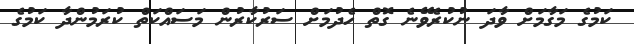
ކަމުގެ މަގާމަށް ވާދަ ނުކުރެވޭނެ ގޮތް ހެދުމަށް ސަރުކާރުން މަސައްކަތް ކުރަމުންދާ ކަމުގެ